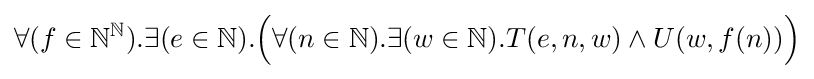
\forall (f\in {\mathbb {N} }^{\mathbb {N} }).\exists (e\in {\mathbb {N} }).{\Big (}\forall (n\in {\mathbb {N} }).\exists (w\in {\mathbb {N} }).T(e,n,w)\land U(w,f(n)){\Big )}